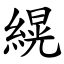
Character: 縨